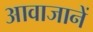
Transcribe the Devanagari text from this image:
आवाजानें